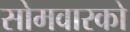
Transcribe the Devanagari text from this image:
सोमवारको